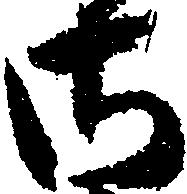
御